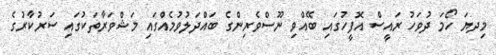
މިދޔަ ހޯމަ ދުވަހު ރައީސް އޮފީހުގައި ބޭއްވި ނޫސްވެރިންގެ ބައްދަލުވުމެއްގައި މަޝްވަރާތަކުގައި ސަރުކާރުގެ